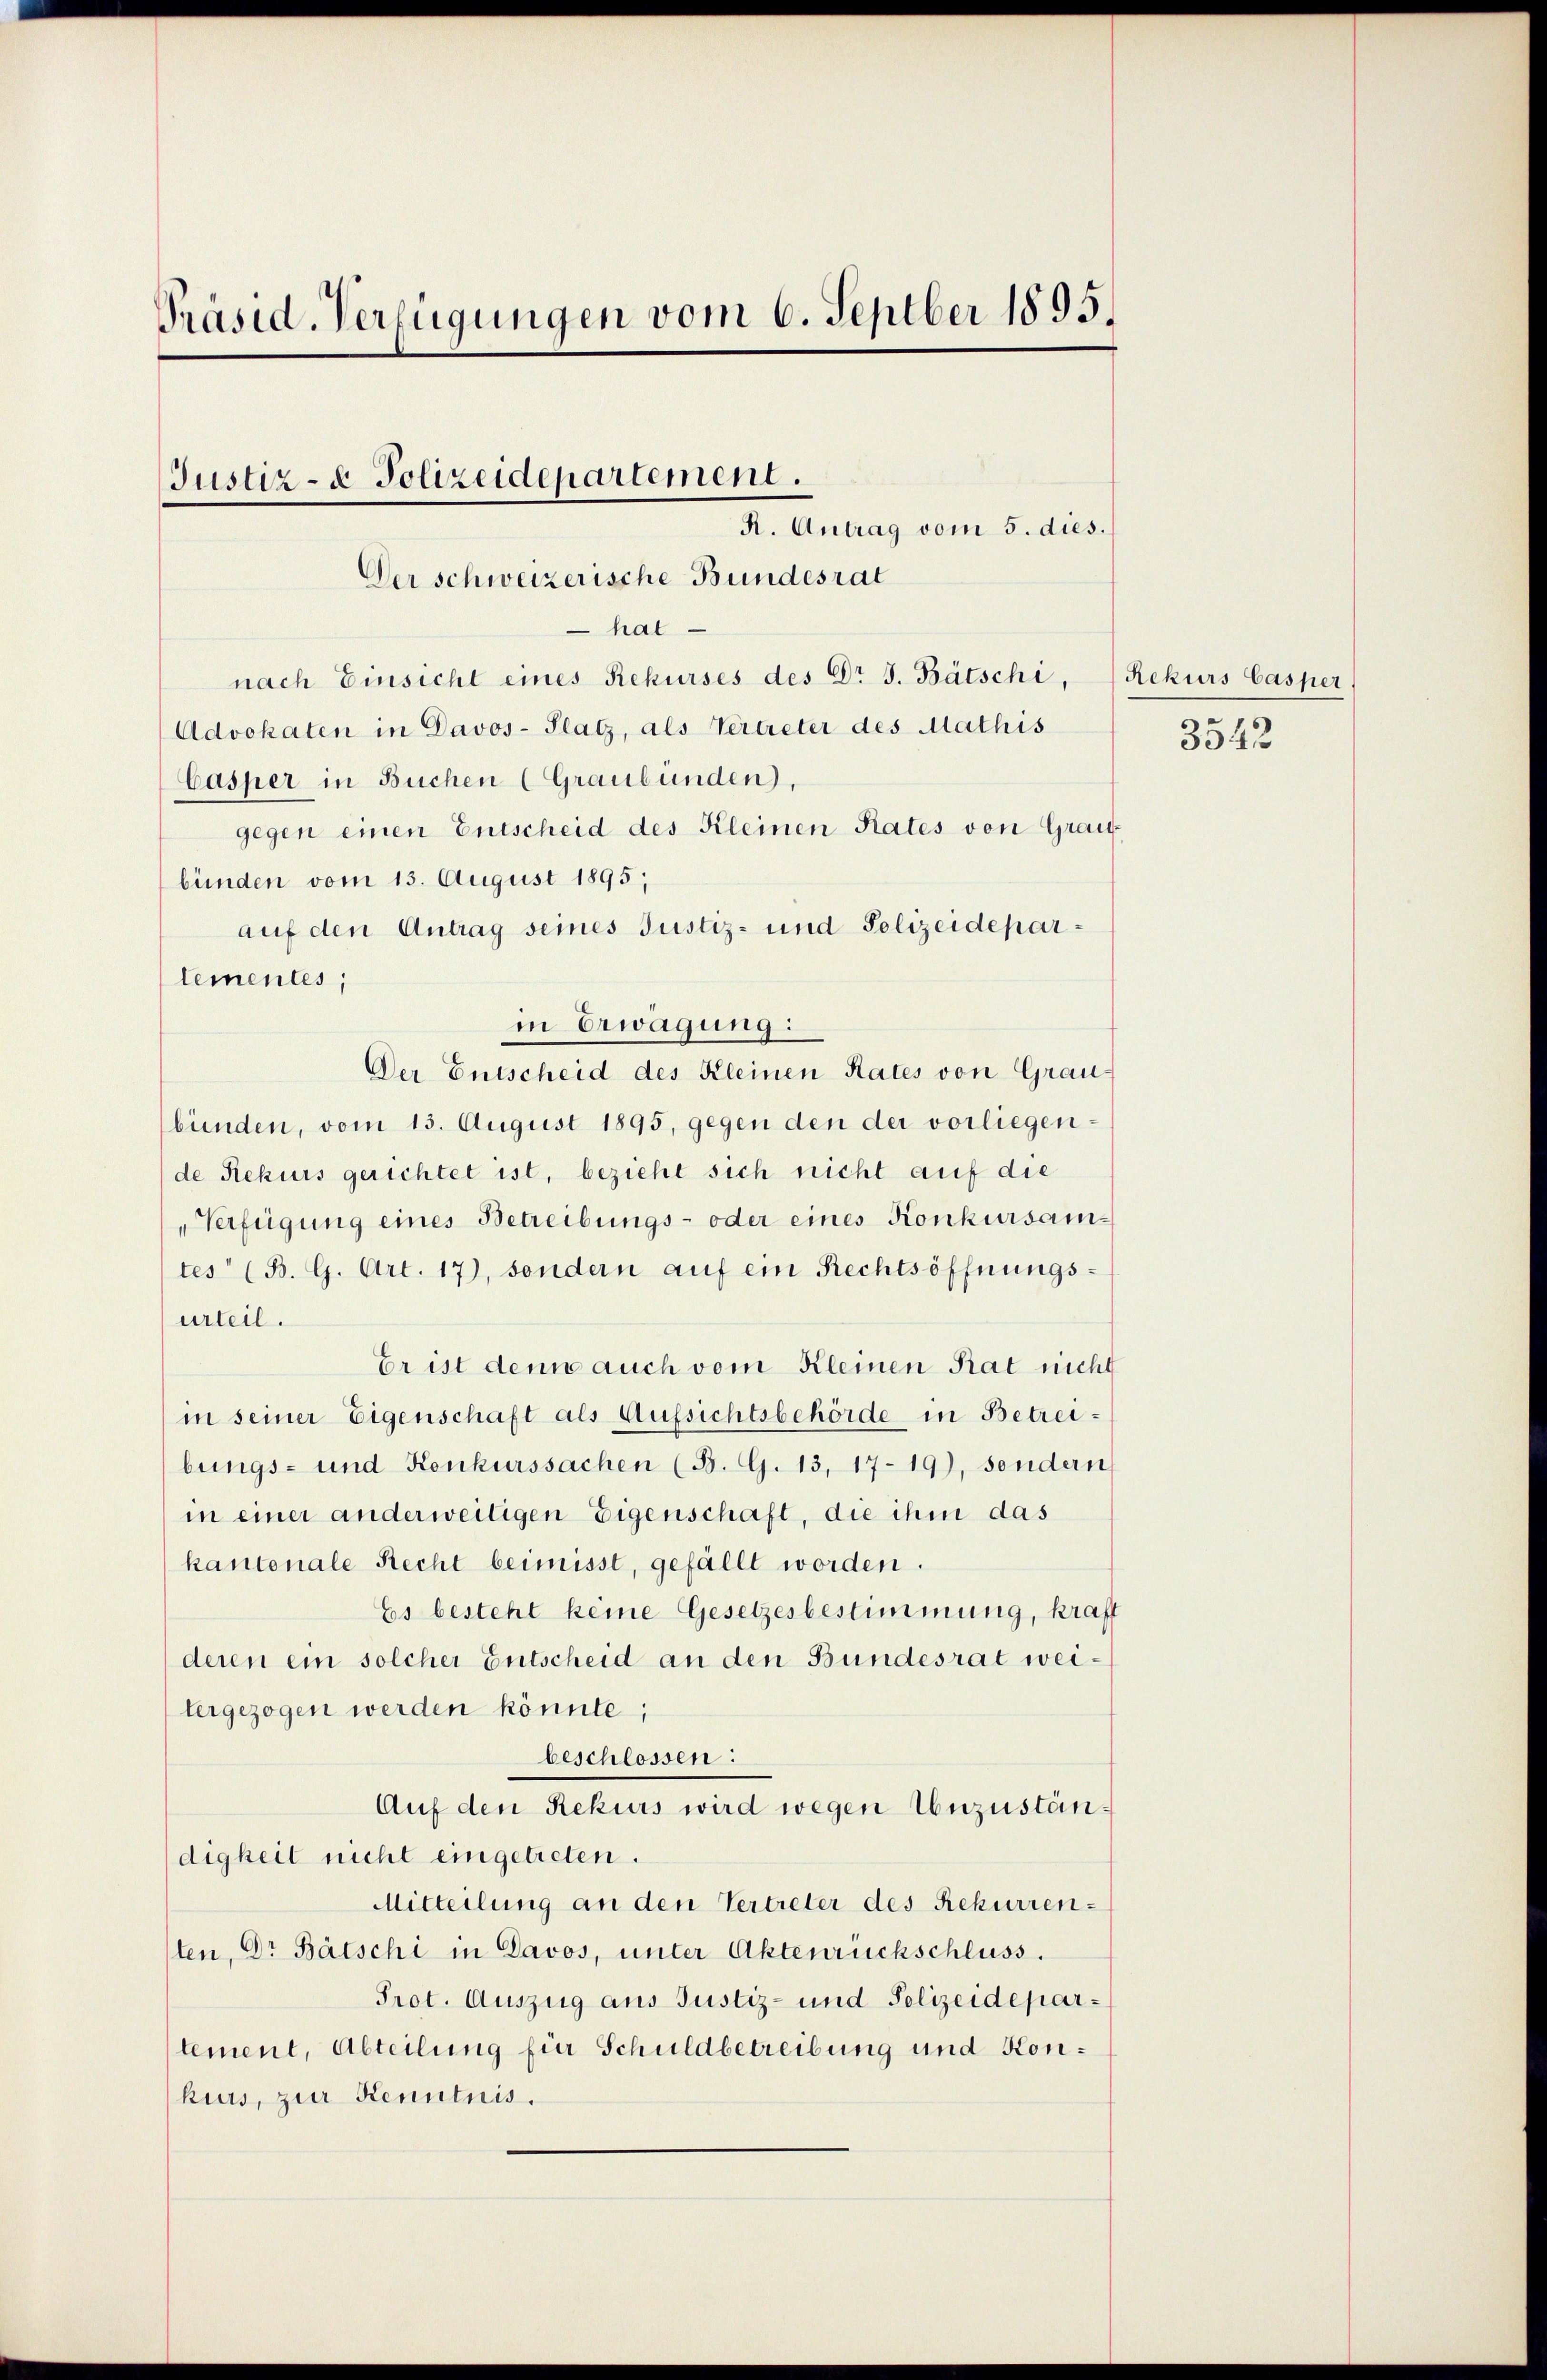
Präsid. Verfügungen vom 6. Septber 1895.

Justiz- & Polizeidepartement.
R. Antrag vom 5. dies.
Der schweizerische Bundesrat

hat
nach Einsicht eines Rekurses des Dr J. Bätschi,
Advokaten in Davos- Platz, als Vertreter des Mathis
Casper in Buchen (Graubünden),
gegen einen Entscheid des Kleinen Rates von Grau-
bünden vom 13. August 1895;
auf den Antrag seines Justiz- und Polizeideparlementes;
in Erwägung:
Der Entscheid des Kleinen Rates von Grau
bünden, vom 13. August 1895, gegen den der vorliegende Rekurs gerichtet ist, bezieht sich nicht auf die
Verfügung eines Betreibungs- oder eines Konkursamtes (B. G. Art. 17), sondern auf ein Rechtsöffnungsurteil.
Er ist denn auch vom Kleinen Rat nicht
in seiner Eigenschaft als Aufsichtsbehörde in Betreibungs- und Konkurssachen (B. G. 13, 17-19), sondern
in einer anderweitigen Eigenschaft, die ihm das
kantonale Recht beimisst, gefällt worden.
Es besteht keine Gesetzesbestimmung, kraft
deren ein solcher Entscheid an den Bundesrat weitergezogen werden könnte;
beschlossen:
Auf den Rekurs wird wegen Unzuständigkeit nicht eingetreten.
Mitteilung an den Vertreter des Rekurrenten, Dr Bätschi in Davos, unter Aktenrückschluss.
Prot. Auszug aus Justiz- und Polizeideparlement, Abteilung für Schuldbetreibung und Konkurs, zur Kenntnis.

Rekurs Casper
3542